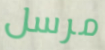
مرسل